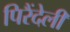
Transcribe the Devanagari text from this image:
पिरैंदेली